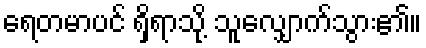
ရေတမာပင် ရှိရာသို့ သူလျှောက်သွား၏။